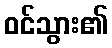
ဝင်သွား၏